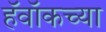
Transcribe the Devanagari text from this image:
हॅवॉकच्या